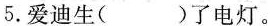
5.爱迪生()了电灯。